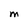
Character: M